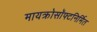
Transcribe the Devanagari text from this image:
मायक्रोसॉफ्टनिर्मित